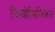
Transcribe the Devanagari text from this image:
जियोफिजिकल